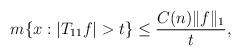
LaTeX: \begin{align*}m\{x:|T_{11}f|>t\}&\le \frac{C(n)\|f\|_1}{t},\end{align*}